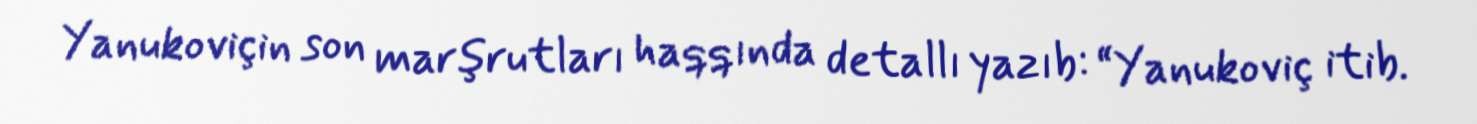
Yanukoviçin son marşrutları haqqında detallı yazıb: “Yanukoviç itib.